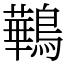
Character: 鷨